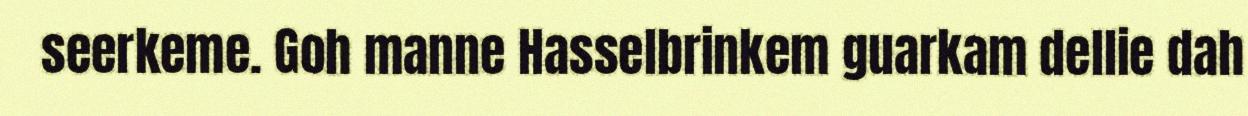
seerkeme. Goh manne Hasselbrinkem guarkam dellie dah